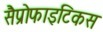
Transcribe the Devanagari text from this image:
सैप्रोफाइटिकस